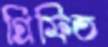
গ্রিফিত